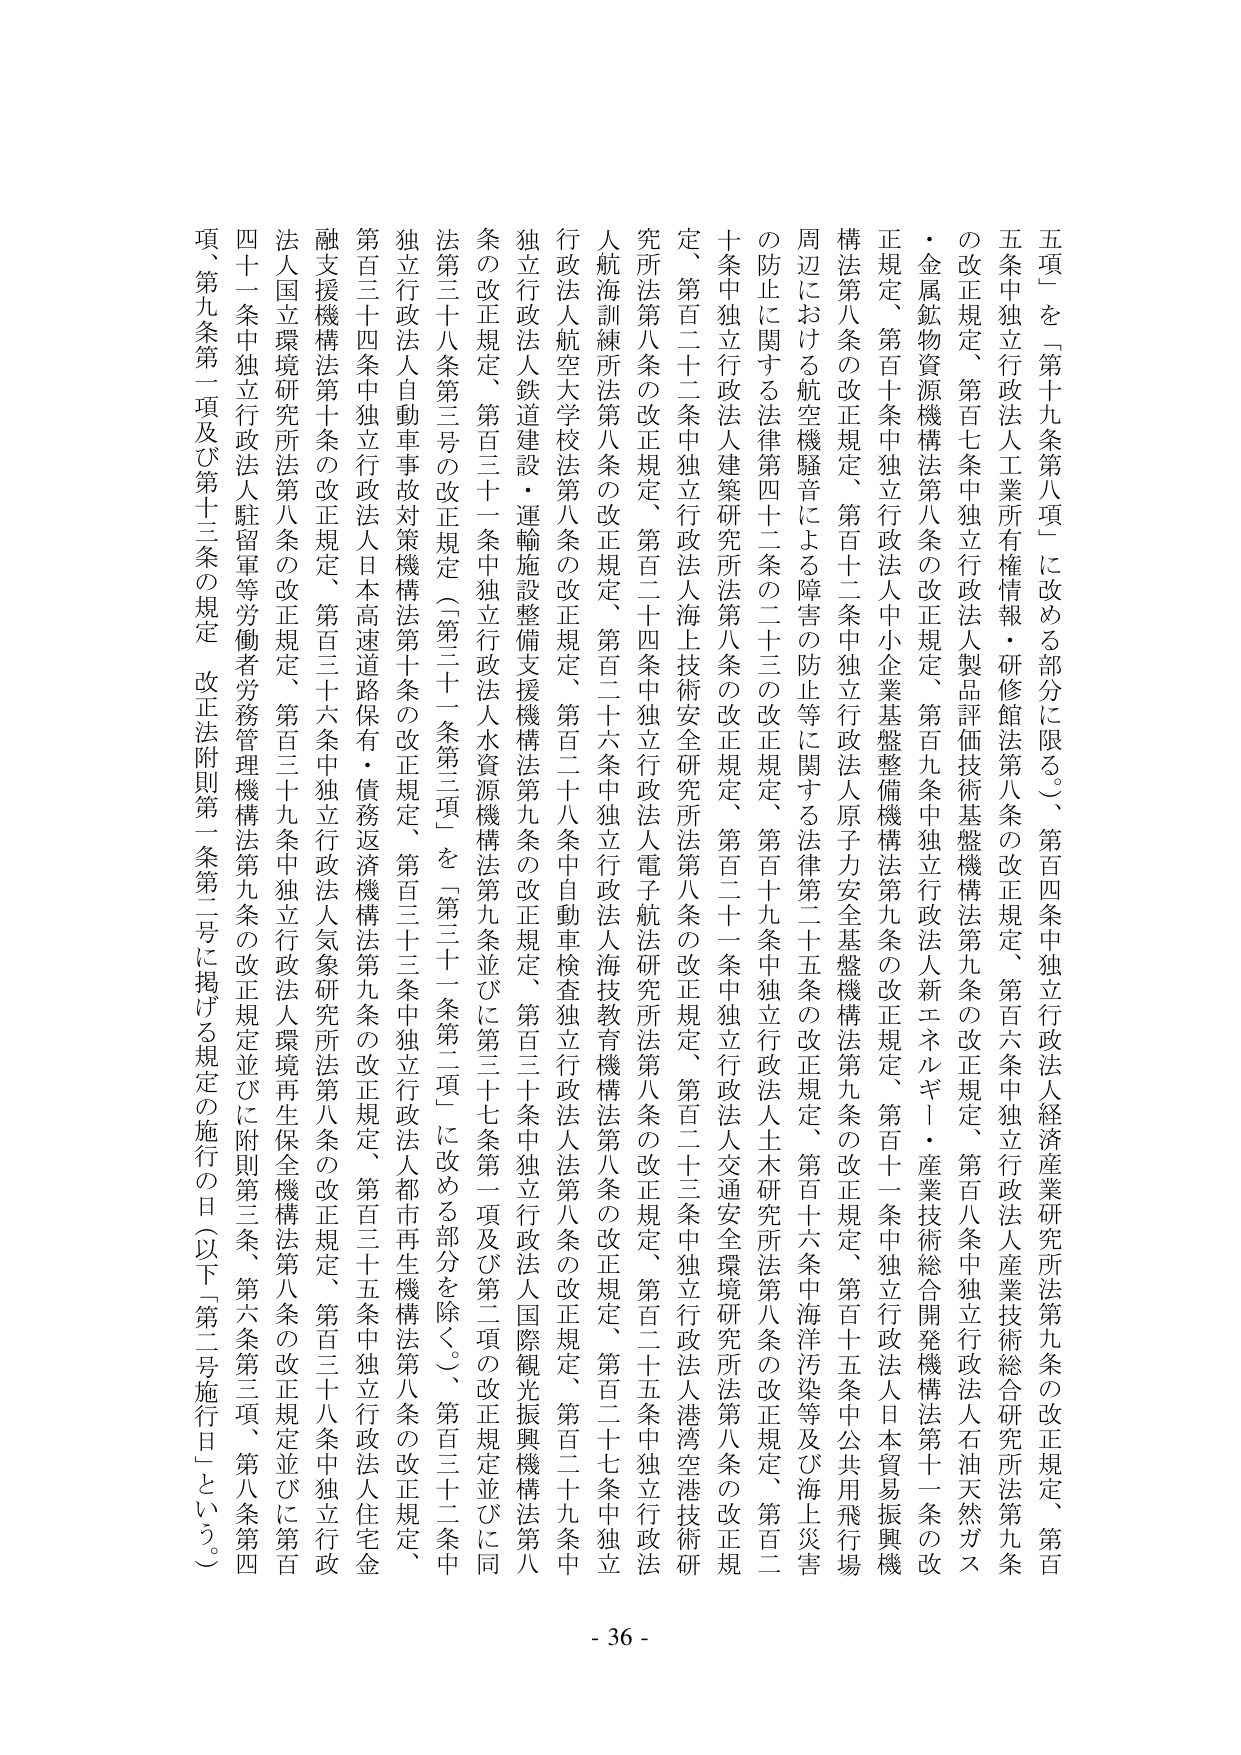
五項」を「第十九条第八項」に改める部分に限る。）、第百四条中独立行政法人経済産業研究所法第九条の改正規定、第百五条中独立行政法人工業所有権情報・研修館法第八条の改正規定、第百六条中独立行政法人産業技術総合研究所法第九条の改正規定、第百七条中独立行政法人製品評価技術基盤機構法第九条の改正規定、第百八条中独立行政法人石油天然ガス・金属鉱物資源機構法第八条の改正規定、第百九条中独立行政法人新エネルギー・産業技術総合開発機構法第十一条の改正規定、第百十条中独立行政法人中小企業基盤整備機構法第九条の改正規定、第百十一条中独立行政法人日本貿易振興機構法第八条の改正規定、第百十二条中独立行政法人原子力安全基盤機構法第九条の改正規定、第百十五条中公共用飛行場周辺における航空機騒音による障害の防止等に関する法律第二十五条の改正規定、第百十六条中海洋汚染等及び海上災害の防止に関する法律第四十二条の二十三の改正規定、第百十九条中独立行政法人土木研究所法第八条の改正規定、第百二十条中独立行政法人建築研究所法第八条の改正規定、第百二十一条中独立行政法人交通安全環境研究所法第八条の改正規定、第百二十二条中独立行政法人海上技術安全研究所法第八条の改正規定、第百二十三条中独立行政法人港湾空港技術研究所法第八条の改正規定、第百二十四条中独立行政法人電子航法研究所法第八条の改正規定、第百二十五条中独立行政法人航海訓練所法第八条の改正規定、第百二十六条中独立行政法人海技教育機構法第八条の改正規定、第百二十七条中独立行政法人航空大学校法第八条の改正規定、第百二十八条中自動車検査独立行政法人法第八条の改正規定、第百二十九条中独立行政法人鉄道建設・運輸施設整備支援機構法第九条の改正規定、第百三十条中独立行政法人国際観光振興機構法第八条の改正規定、第百三十一条中独立行政法人水資源機構法第九条並びに第三十七条第一項及び第二項の改正規定並びに同法第三十八条第三号の改正規定（「第三十一条第三項」を「第三十一条第二項」に改める部分を除く。）、第百三十二条中独立行政法人自動車事故対策機構法第十条の改正規定、第百三十三条中独立行政法人都市再生機構法第八条の改正規定、第百三十四条中独立行政法人日本高速道路保有・債務返済機構法第九条の改正規定、第百三十五条中独立行政法人住宅金融支援機構法第十条の改正規定、第百三十六条中独立行政法人気象研究所法第八条の改正規定、第百三十七条中独立行政法人環境再生保全機構法第八条の改正規定並びに第百四十一条中独立行政法人駐留軍等労働者労務管理機構法第九条の改正規定並びに附則第三条、第六条第三項、第八条第四項、第九条第一項及び第十三条の規定。改正法附則第一条第二二号に掲げる規定の施行の日（以下「第二号施行日」という。）
- 36 -